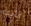
ثابت